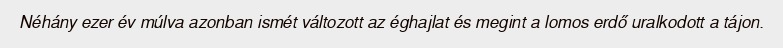
Néhány ezer év múlva azonban ismét változott az éghajlat és megint a lomos erdő uralkodott a tájon.